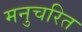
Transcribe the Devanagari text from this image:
मनुचरित